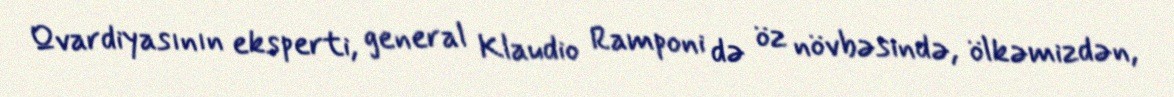
Qvardiyasının eksperti, general Klaudio Ramponi də öz növbəsində, ölkəmizdən,